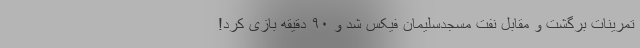
تمرینات برگشت و مقابل نفت مسجدسلیمان فیکس شد و ۹۰ دقیقه بازی کرد!